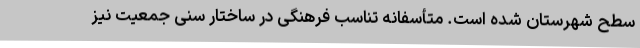
سطح شهرستان شده است. متأسفانه تناسب فرهنگی در ساختار سنی جمعیت نیز